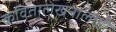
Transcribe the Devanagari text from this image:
कवितालेखनालाही